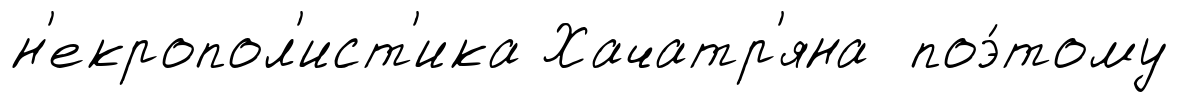
н'екропол'ист'ика Хачатр'яна поэ́тому